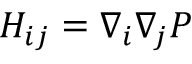
H _ { i j } = \nabla _ { i } \nabla _ { j } P